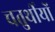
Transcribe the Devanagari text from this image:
चतुर्थीयों